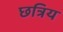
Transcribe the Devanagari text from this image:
छत्रिय